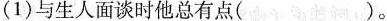
(1)与生人面谈时他总有点( )。